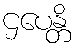
ဌပေန္တိ